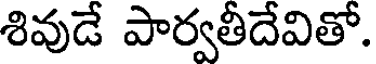
శివుడే పార్వతీదేవితో.